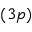
( 3 p )